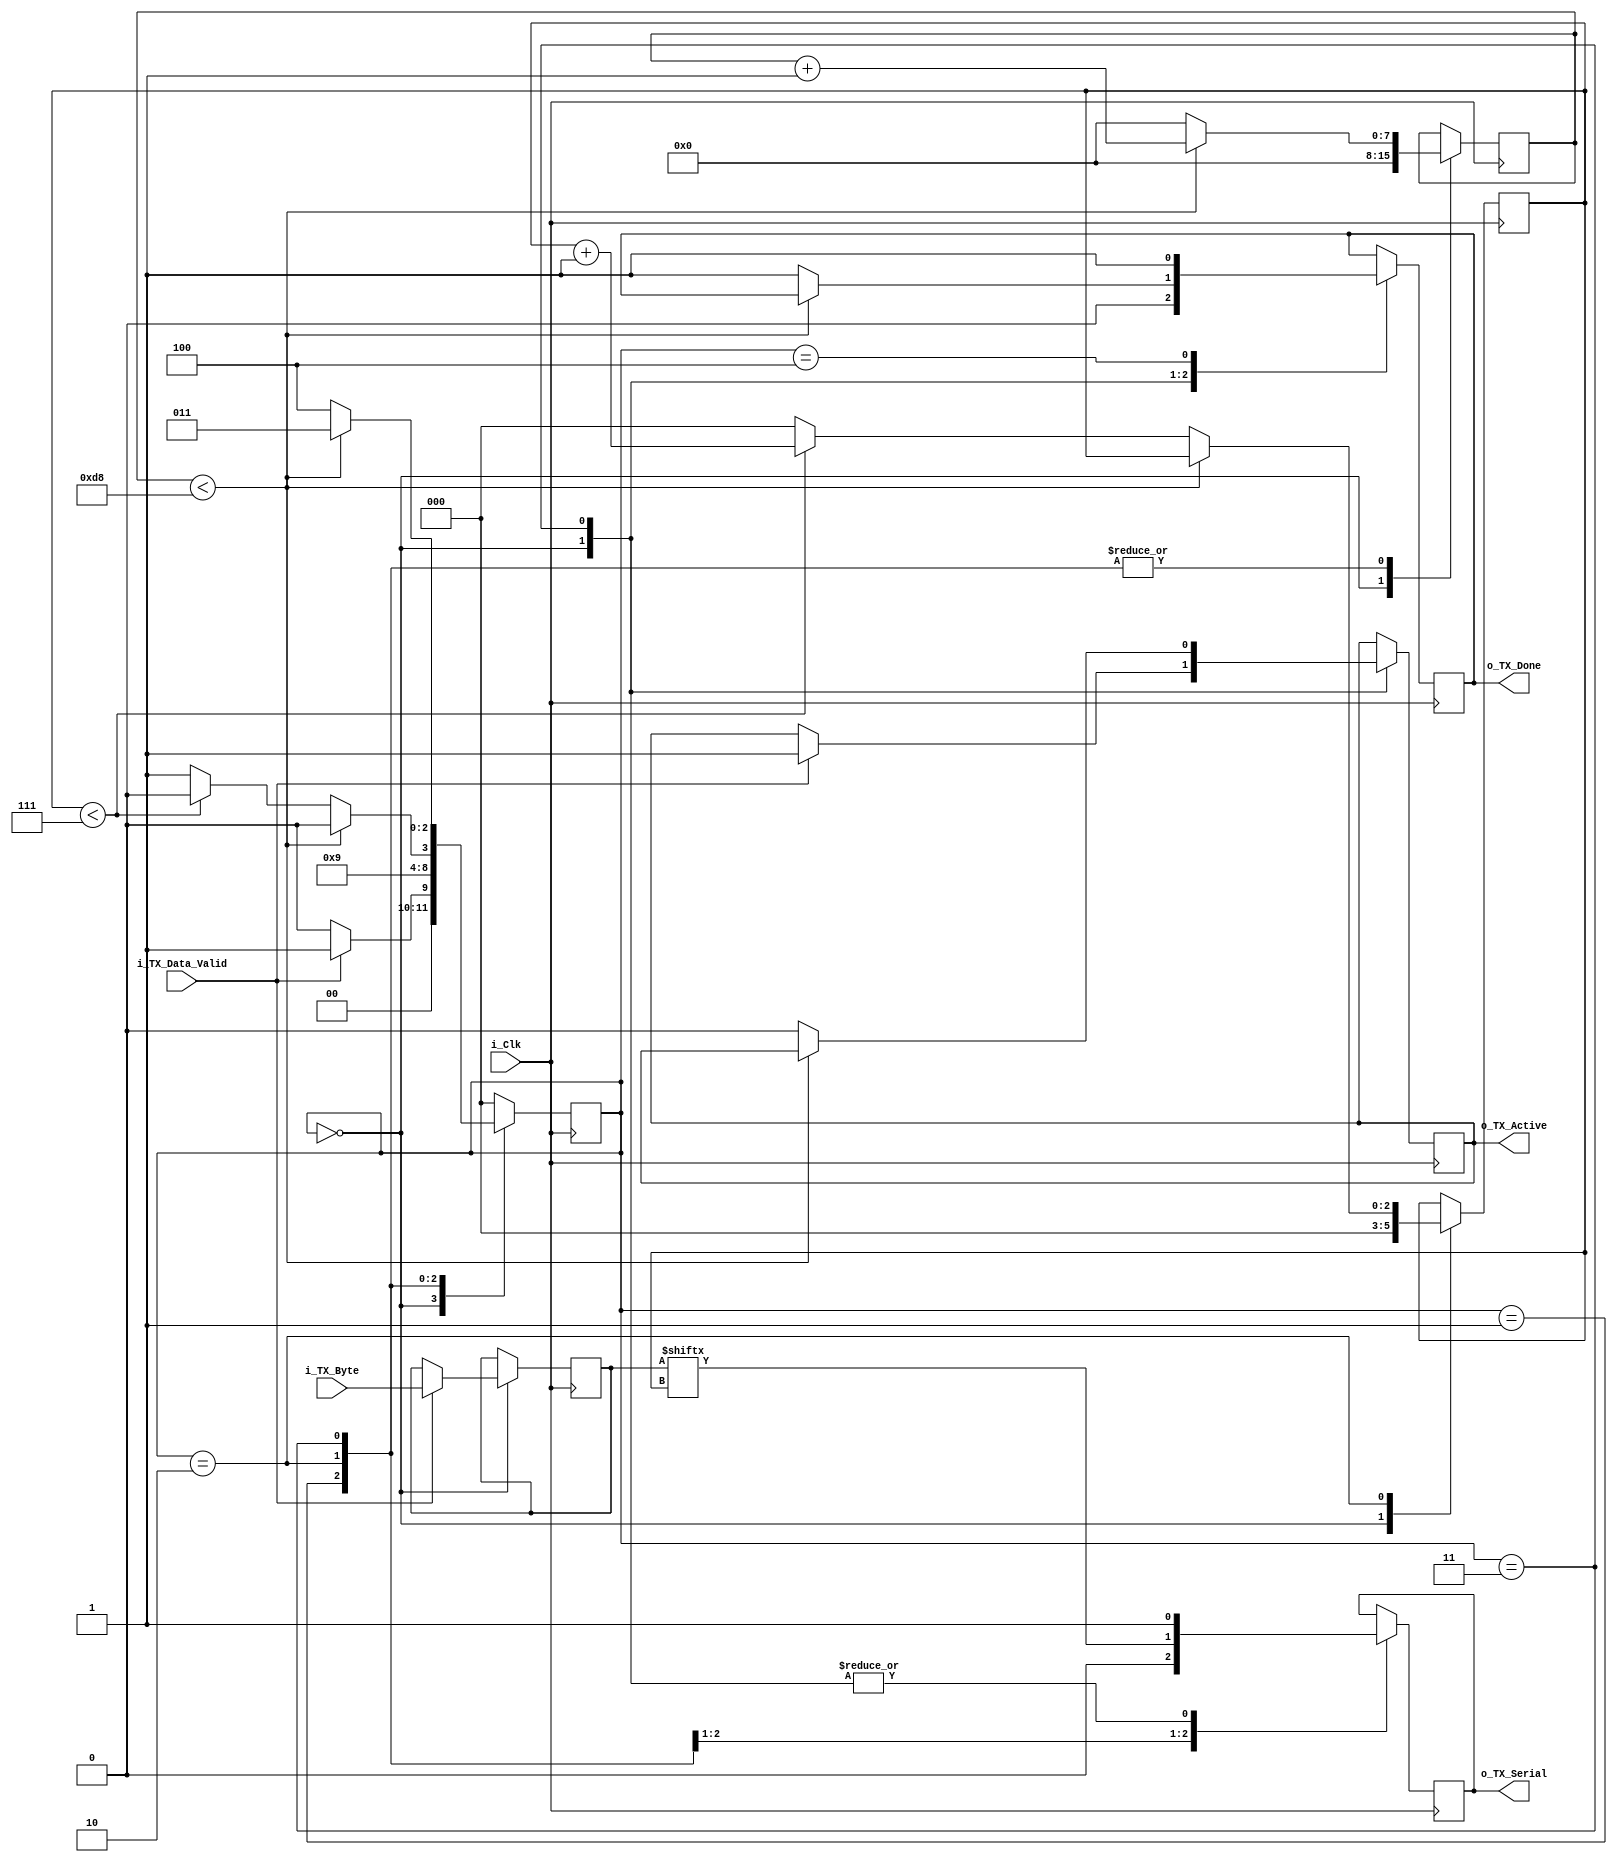
// Parametr CLKS_PER_BIT:
// CLKS_PER_BIT = Freq of clock / Freq of UART_TX
// ex. (25MHz) 25 000 000 / 115200 = 217


module UART_TX 
	# (parameter CLKS_PER_BIT = 217)

	( input 		i_Clk,
	  input 		i_TX_Data_Valid,	// Flaga, Data Valid - Flaga mwica czy mamy wysya
	  input [7:0] 	i_TX_Byte,	// Bajt do wysania
	  output 		o_TX_Active,
	  output reg 	o_TX_Serial,
	  output 		o_TX_Done	  
	  );
	  
	  // Stany maszyny
	  parameter IDLE 			= 3'b000;
	  parameter TX_START_BIT	= 3'b001;
	  parameter TX_DATA_BITS	= 3'b010;
	  parameter TX_STOP_BIT		= 3'b011;
	  parameter CLEANUP			= 3'b100;
	  
	  reg [2:0]	r_SM_Main		= 0;
	  reg [7:0] r_Clock_Count	= 0;
	  reg [2:0] r_Bit_Index		= 0;
	  reg [7:0] r_TX_Data		= 0;	// Bufor poredniczcy, ktry zapisuje, to co mamy wysa
	  reg		r_TX_Done		= 0;
	  reg		r_TX_Active		= 0;
	  
	  
	  always @(posedge i_Clk)
	  begin
	  
		case (r_SM_Main)
		IDLE: 					// Stan bezczynny - oczekiwanie na i_TX_DV = 1
			begin
				o_TX_Serial		<= 1'b1;		// W stanie bezczynnym linia TX = 1
				r_TX_Done		<= 1'b0;
				r_Clock_Count	<= 0;
				r_Bit_Index		<= 0;
				
				if(i_TX_Data_Valid == 1'b1) 	// Jeli na wejsciu mamy Data_Valid = 1, to zaczynamy nadawac
				begin							// Zaczynamy transmisje
					r_TX_Active	<= 1'b1;
					r_TX_Data	<= i_TX_Byte;	// Zapisujemy otrzymay bajt do bufora
					r_SM_Main	<= TX_START_BIT;	
				end // i_TX_DV == 1'b0
				
				else 	//i_TX_Data_Valid != 1
					r_SM_Main <= IDLE;
			end // case IDLE
			
		TX_START_BIT:			// Wysyamy bit startu = 0
			begin
				o_TX_Serial	<= 1'b0;
				
				// Czekamy 1 peny czas trwania 1 bity (CLKS_PER_BIT)
				if(r_Clock_Count < CLKS_PER_BIT-1)
					begin
						r_Clock_Count 	<= r_Clock_Count + 1;
						r_SM_Main		<= TX_START_BIT;
					end // r_Clock_Count < CLKS_PER_BIT-1
				else // r_Clock_Count == CLKS_PER_BIT-1
					r_Clock_Count <= 0;
					r_SM_Main <= TX_DATA_BITS;
			end // case TX_START_BIT
			
		TX_DATA_BITS:
			begin
				o_TX_Serial <= r_TX_Data [r_Bit_Index];
				
				if(r_Clock_Count < CLKS_PER_BIT-1)
				begin
					r_Clock_Count <= r_Clock_Count + 1;
					r_SM_Main <= TX_DATA_BITS;	
				end	//r_Clock_Count < CLKS_PER_BIT-1
				
				else // r_Clock_Count = CLKS_PER_BIT-1
				begin			
					r_Clock_Count <= 0;
		
					if( r_Bit_Index < 7)		// Sprawdzamy czy wszystkie bity zostay wysane
					begin
						r_Bit_Index <= r_Bit_Index + 1;
						r_SM_Main <= TX_DATA_BITS;
					end	// if r_Bit_Index < 7
					
					else // r_Bit_Index == 7
					begin
						r_Bit_Index <= 0;
						r_SM_Main <= TX_STOP_BIT;
					end	// else r_Bit_Index == 7
				end	// else r_Clock_Count = CLKS_PER_BIT-1
			end // case TX_DATA_BITS
			
		TX_STOP_BIT:			// Wysyamy bit stopu
			begin
				o_TX_Serial <= 1'b1;		// Stan 1 na wyjciu
				
				if(r_Clock_Count < CLKS_PER_BIT-1)
				begin	
					r_Clock_Count <= r_Clock_Count + 1;
					r_SM_Main <= TX_STOP_BIT;
				end // r_Clock_Count < CLKS_PER_BIT-1
			
				else // r_Clock_Count == CLKS_PER_BIT-1
				begin
					// Koczymy transmisje, ustawiamy flagi
					r_TX_Done 		<= 1'b1;
					r_TX_Active		<= 1'b0;
					r_Clock_Count 	<= 0;
					r_SM_Main 		<= CLEANUP;
				end // else r_Clock_Count == CLKS_PER_BIT-1
			end // case TX_STOP_BIT
	  
		CLEANUP:
			begin
				r_TX_Done <= 1'b1;
				r_SM_Main <= IDLE;
			end // case CLEANUP
			
		default:
			r_SM_Main <= IDLE;
		endcase
	  end // always @(posedge i_Clk)
	  
	  
	  assign o_TX_Active = r_TX_Active;
	  assign o_TX_Done = r_TX_Done;
	  
endmodule